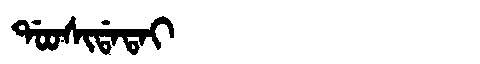
Manchu: ᡩᠣᠣᠰᡳᡩᠠᡨᠠᡳ
Romanization: DOOSIDATAI